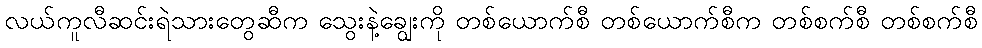
လယ်ကူလီဆင်းရဲသားတွေဆီက သွေးနဲ့ချွေးကို တစ်ယောက်စီ တစ်ယောက်စီက တစ်စက်စီ တစ်စက်စီ